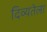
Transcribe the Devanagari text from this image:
दिव्यतेला